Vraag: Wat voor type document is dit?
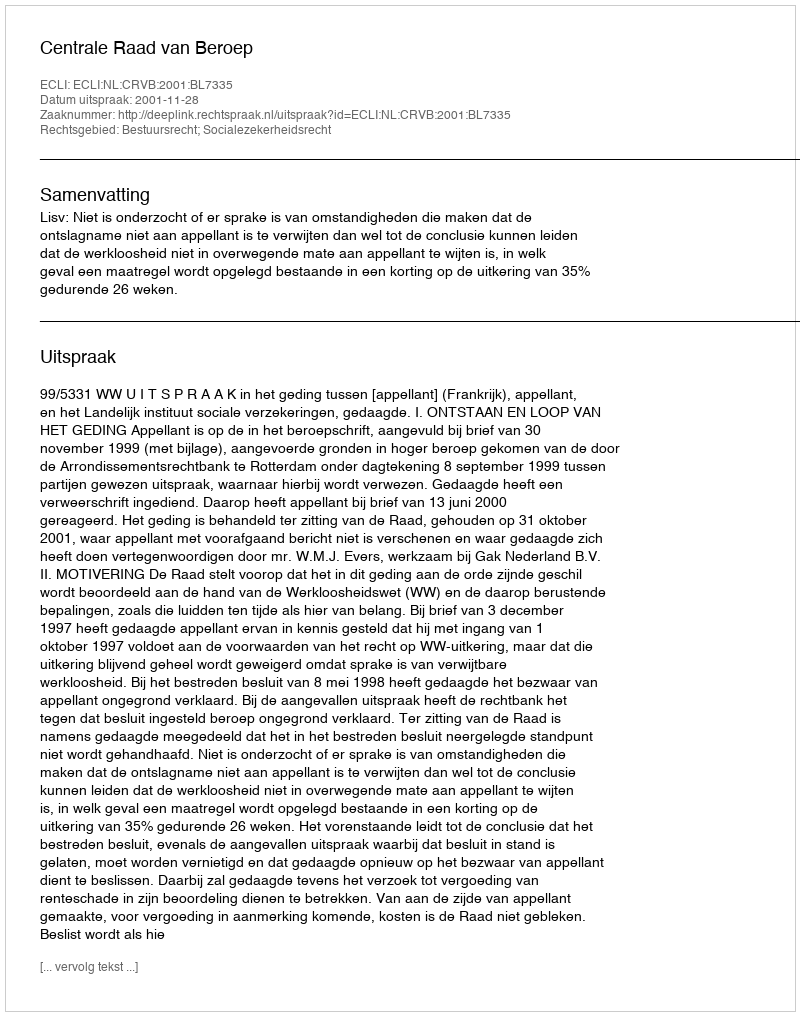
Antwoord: Uitspraak